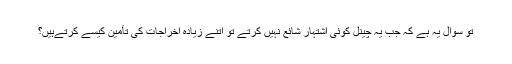
تو سوال یہ ہے کہ جب یہ چینل کوئی اشتہار شائع نہیں کرتے تو اتنے زیادہ اخراجات کی تأمین کیسے کرتےہیں؟